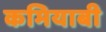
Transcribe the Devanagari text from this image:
कमियाबी